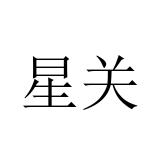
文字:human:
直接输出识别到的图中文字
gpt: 星关